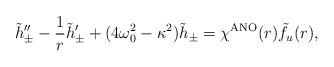
LaTeX: \begin{align*}\tilde{h}_{\pm}'' - \frac{1}{r} \tilde{h}_{\pm}'+ (4 \omega_0^2 - \kappa^2)\tilde{h}_{\pm} =\chi^{\rm ANO}(r) \tilde{f}_u(r),\end{align*}